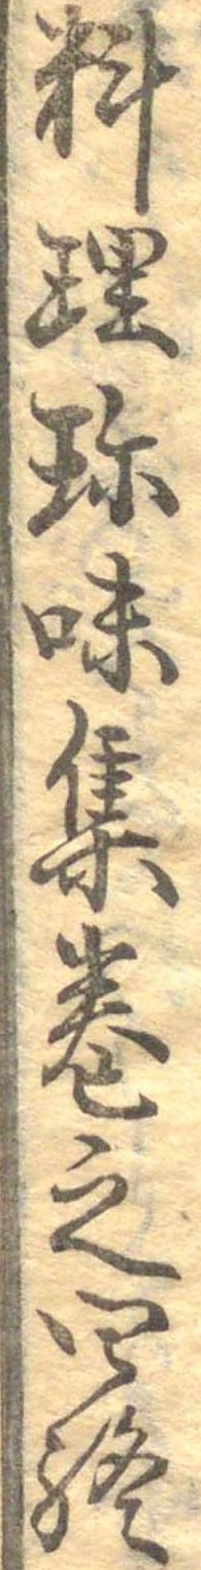
料理珍味集巻之四終